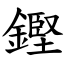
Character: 鏗